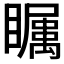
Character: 𱳔